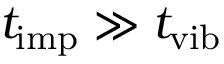
t _ { \mathrm { i m p } } \gg t _ { \mathrm { v i b } }